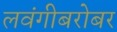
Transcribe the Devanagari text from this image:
लवंगीबरोबर